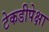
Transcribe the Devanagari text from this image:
टेकडीपेक्षा